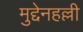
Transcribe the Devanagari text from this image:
मुद्देनहल्ली